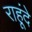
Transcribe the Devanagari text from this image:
राहूंदे